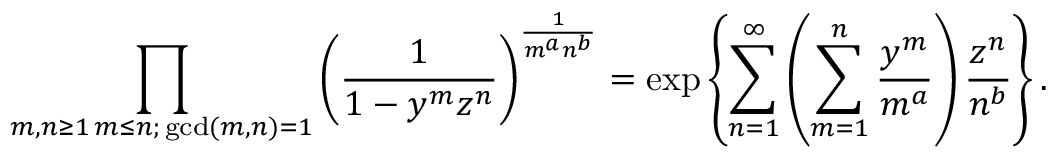
\prod _ { \substack { m , n \geq 1 \, m \leq n ; \, \operatorname* { g c d } ( m , n ) = 1 } } \left( \frac { 1 } { 1 - y ^ { m } z ^ { n } } \right) ^ { \frac { 1 } { m ^ { a } n ^ { b } } } = \exp \left\{ \sum _ { n = 1 } ^ { \infty } \left( \sum _ { m = 1 } ^ { n } \frac { y ^ { m } } { m ^ { a } } \right) \frac { z ^ { n } } { n ^ { b } } \right\} .